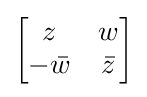
{\begin{bmatrix}z&w\\-{\bar {w}}&{\bar {z}}\end{bmatrix}}